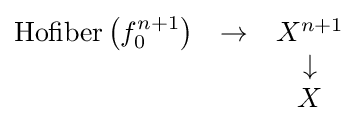
{\begin{matrix}{\text{Hofiber}}\left(f_{0}^{n+1}\right)&\to &X^{n+1}\\&&\downarrow \\&&X\end{matrix}}